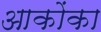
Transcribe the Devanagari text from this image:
आकोंका